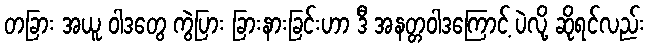
တခြား အယူ ဝါဒတွေ ကွဲပြား ခြားနားခြင်းဟာ ဒီ အနတ္တဝါဒကြောင့် ပဲလို့ ဆိုရင်လည်း